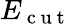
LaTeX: E_{\mathrm{~c~u~t~}}